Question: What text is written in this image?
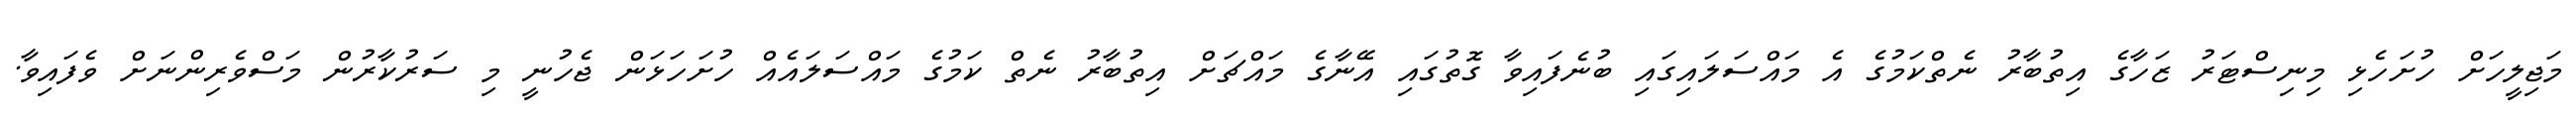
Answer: މަޖިލީހަށް ހުށަހެޅި މިނިސްޓަރު ޒަހާގެ އިތުބާރު ނެތްކަމުގެ އެ މައްސަލައިގައި ބުނެފައިވާ ގޮތުގައި އޭނާގެ މައްޗަށް އިތުބާރު ނެތް ކަމުގެ މައްސަލައެއް ހުށަހަޅަން ޖެހުނީ މި ސަރުކާރުން މަސްވެރިންނަށް ވެފައިވާ.